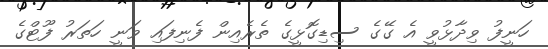
ހަނީފު ވިދާޅުވީ އެ ގޭގެ ސިޑިގޮޅީގެ ތެރެއިން ފެނިފައި ވަނީ ހަތަރު ފޫޓްގެ